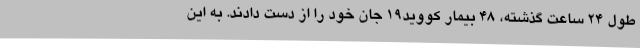
طول 24 ساعت گذشته، 48 بیمار کووید19 جان خود را از دست دادند. به این